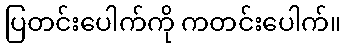
ပြတင်းပေါက်ကို ကတင်းပေါက်။